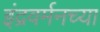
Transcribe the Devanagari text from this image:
इंद्रवर्मनच्या